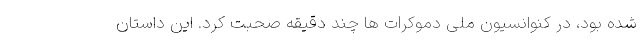
شده بود، در کنوانسیون ملی دموکرات ها چند دقیقه صحبت کرد. این داستان